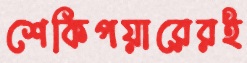
শেকিপয়ারেরই